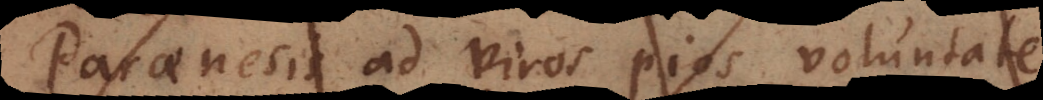
Paraenesis ad viros pios, voluntate